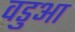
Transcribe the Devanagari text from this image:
वडुआ